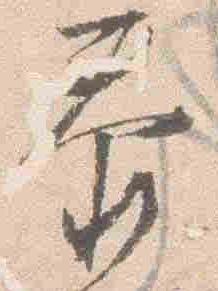
泰